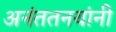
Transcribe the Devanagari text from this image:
अनंततनयांनी